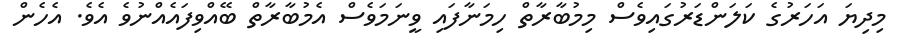
މިދިޔަ އަހަރުގެ ކަލަންޑަރުގައިވެސް މިމުބާރާތް ހިމަނާފައި ވީނަމަވެސް އެމުބާރާތް ބޭއްވިފައެއްނުވެ އެވެ. އެހެން